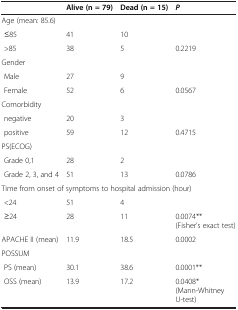
|  | Alive (n = 79) | Dead (n = 15) | P |
 | --- | --- | --- | --- |
 | <COLSPAN=4> Age (mean: 85.6) |
 | ≤85 | 41 | 10 |  |
 | >85 | 38 | 5 | 0.2219 |
 | <COLSPAN=4> Gender |
 | Male | 27 | 9 |  |
 | Female | 52 | 6 | 0.0567 |
 | <COLSPAN=4> Comorbidity |
 | negative | 20 | 3 |  |
 | positive | 59 | 12 | 0.4715 |
 | <COLSPAN=4> PS(ECOG) |
 | Grade 0,1 | 28 | 2 |  |
 | Grade 2, 3, and 4 | 51 | 13 | 0.0786 |
 | <COLSPAN=4> Time from onset of symptoms to hospital admission (hour) |
 | <24 | 51 | 4 |  |
 | ≥24 | 28 | 11 | 0.0074** (Fisher’s exact test) |
 | APACHE II (mean) | 11.9 | 18.5 | 0.0002 |
 | <COLSPAN=4> POSSUM |
 | PS (mean) | 30.1 | 38.6 | 0.0001** |
 | OSS (mean) | 13.9 | 17.2 | 0.0408* (Mann-Whitney U-test) |